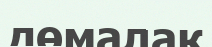
дөмалақ